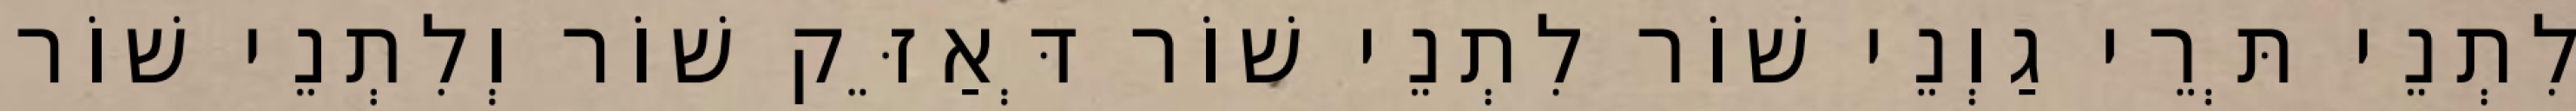
לִתְנֵי תְּרֵי גַוְנֵי שׁוֹר לִתְנֵי שׁוֹר דְּאַזֵּק שׁוֹר וְלִתְנֵי שׁוֹר